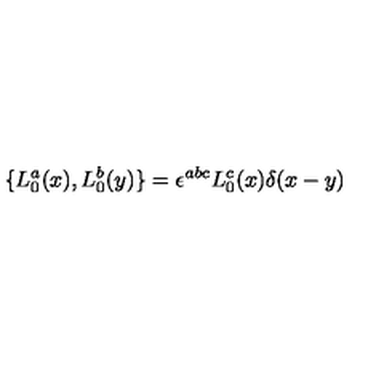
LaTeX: \{ L _ { 0 } ^ { a } ( x ) , L _ { 0 } ^ { b } ( y ) \} = \epsilon ^ { a b c } L _ { 0 } ^ { c } ( x ) \delta ( x - y )